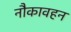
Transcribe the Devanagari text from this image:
नौकावहन